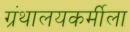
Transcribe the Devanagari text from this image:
ग्रंथालयकर्मीला